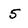
Character: 5